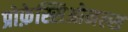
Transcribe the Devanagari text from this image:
प्रोफ़ेस्सिओनल्स